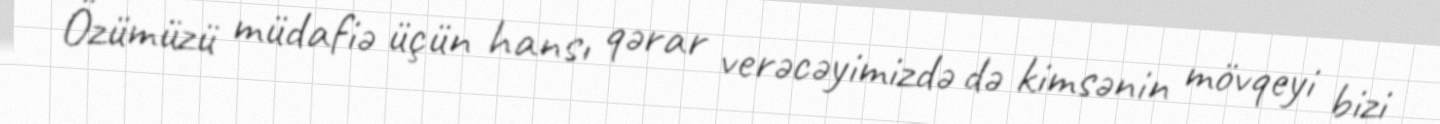
Özümüzü müdafiə üçün hansı qərar verəcəyimizdə də kimsənin mövqeyi bizi